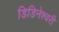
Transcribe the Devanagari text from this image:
डिडिनेश्वरी